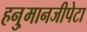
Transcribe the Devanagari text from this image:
हनु्मानजीपेटा